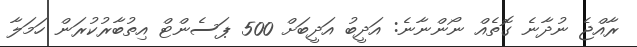
ރާއްޖެ ނުދާނެ ގޮތެއް ނޯންނާނެ: އަދީބު އަދީބަށް 500 ޕަސެންޓް އިތުބާރުކުރަން ހަމަލާ